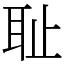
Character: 耻